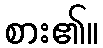
စား၏။